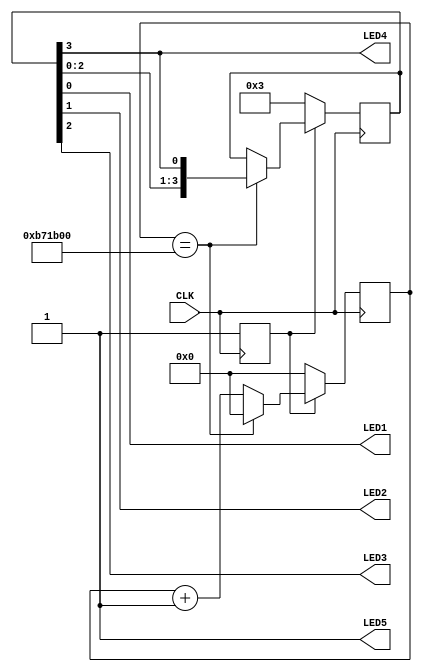
// This program was cloned from: https://github.com/mzandrew/hdl
// License: GNU General Public License v3.0

// borrowed/stolen from rot.v example project

`define icestick

module top(input CLK, output LED1, output LED2, output LED3, output LED4, output LED5);
   reg ready = 0;
   reg [23:0]     divider;
   reg [3:0]      rot;
   always @(posedge CLK) begin
      if (ready) 
        begin
           if (divider == 12000000) 
             begin
                divider <= 0;
                rot <= {rot[2:0], rot[3]};
             end
           else 
             divider <= divider + 1;
        end
      else 
        begin
           ready <= 1;
           rot <= 4'b0011;
           divider <= 0;
        end
   end
   assign LED1 = rot[0];
   assign LED2 = rot[1];
   assign LED3 = rot[2];
   assign LED4 = rot[3];
   assign LED5 = 1;
endmodule // top